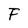
Character: F